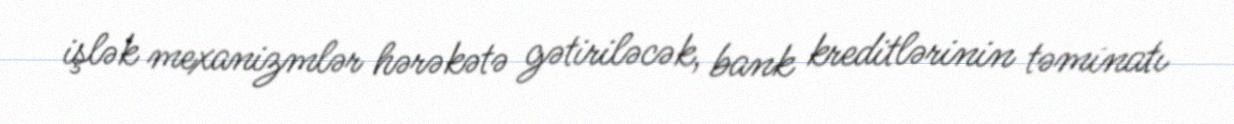
işlək mexanizmlər hərəkətə gətiriləcək, bank kreditlərinin təminatı